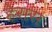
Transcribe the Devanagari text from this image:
हेरास